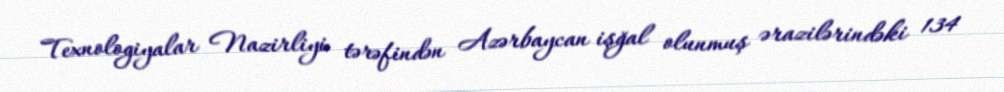
Texnologiyalar Nazirliyi tərəfindən Azərbaycan işğal olunmuş ərazilərindəki 134